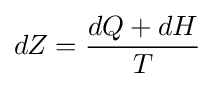
dZ={\frac {dQ+dH}{T}}